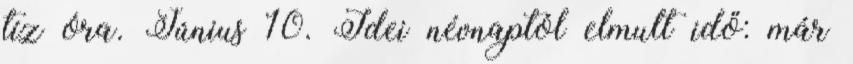
tíz óra. Június 10. Idei névnaptól elmult idő: már